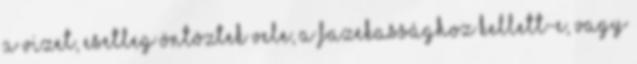
a vizet, esetleg öntöztek vele, a fazekassághoz kellett-e, vagy